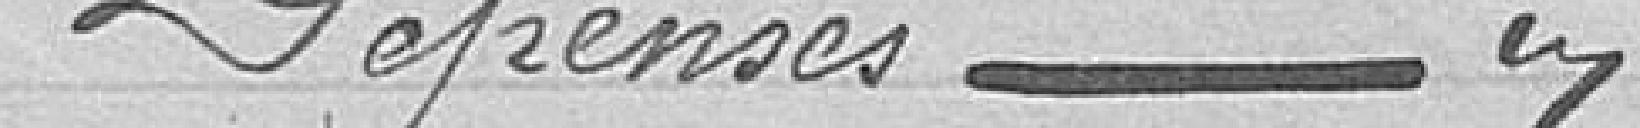
Dépenses